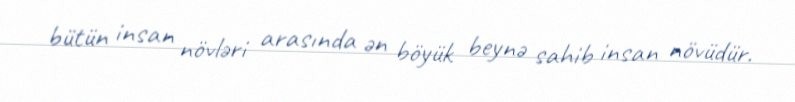
bütün insan növləri arasında ən böyük beynə sahib insan növüdür.